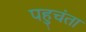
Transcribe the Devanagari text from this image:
पहुचंता